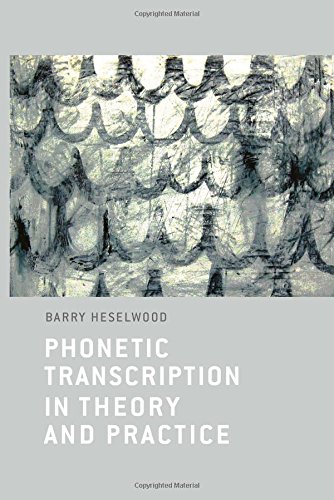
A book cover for Phonetic Transcription in Theory and Practice; Berry Heselwood; Politics & Social Sciences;